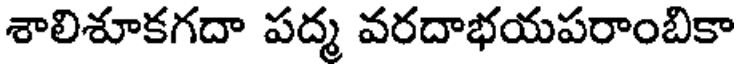
శాలిశూకగదా పద్మ వరదాభయపరాంబికా